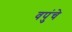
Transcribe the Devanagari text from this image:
वपुंचे